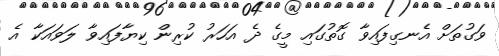
ވަގުތަށް އެނގިފައިވާ ގޮތުގައި މީގެ ދެ އަހަރު ކުރިން ކިޔާފައިވާ ލަވައަކާ އެ